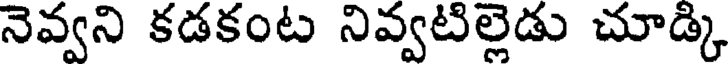
నెవ్వని కడకంట నివ్వటిల్లెడు చూడ్కి